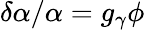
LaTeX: \delta\alpha/\alpha=g_{\gamma}\phi